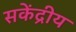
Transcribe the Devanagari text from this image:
सकेंद्रीय